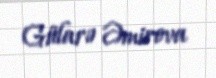
Gülarə Əmirova